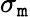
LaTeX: \sigma_{\mathtt{m}}